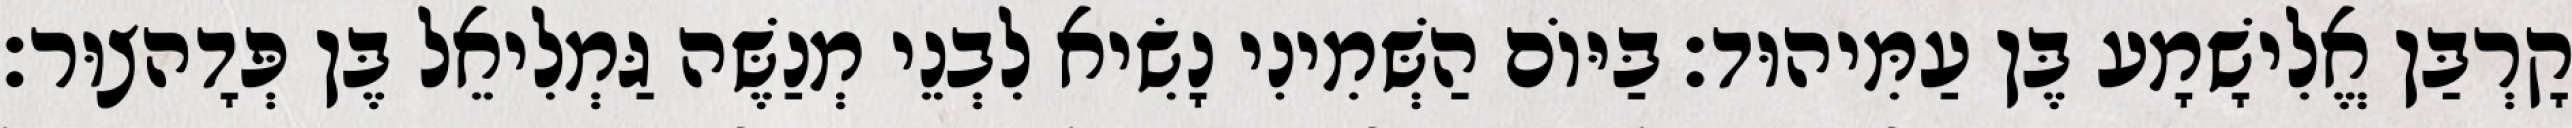
קָרְבַּן אֱלִישָׁמָע בֶּן עַמִּיהוּד׃ בַּיּוֹם הַשְּׁמִינִי נָשִׂיא לִבְנֵי מְנַשֶּׁה גַּמְלִיאֵל בֶּן פְּדָהצוּר׃